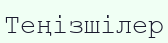
Теңізшілер